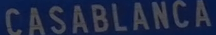
CASABLANCA